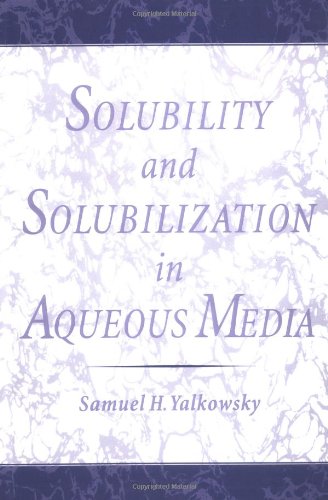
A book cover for Solubility and Solubilization in Aqueous Media (American Chemical Society Publication); Samuel H. Yalkowsky; Science & Math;